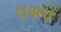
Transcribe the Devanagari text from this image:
प्रश्नय